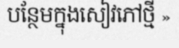
បន្ថែមក្នុងសៀវភៅថ្មី »